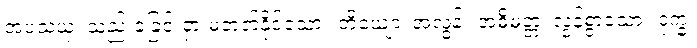
အပသယှံ၊ သည်းခံခြင်းငှာ မတတ်နိုင်သော။ ဘိယျော၊ အလွန်။ အဓိမတ္တံ၊ လွန်စွာသော။ ဒုက္ခံ၊